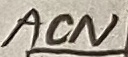
Text: acn